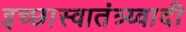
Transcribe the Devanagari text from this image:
इच्छास्वातंत्र्य्वादी